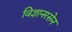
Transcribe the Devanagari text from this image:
विज्ञानरसेन